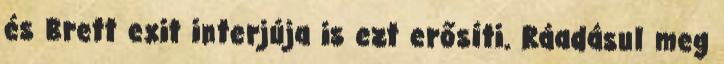
és Brett exit interjúja is ezt erősíti. Ráadásul meg